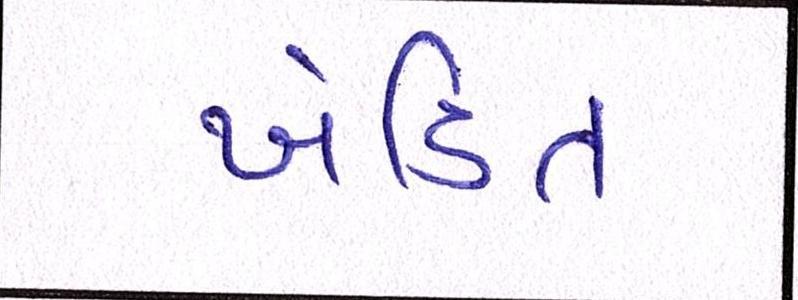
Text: ખંડિત